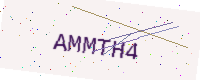
Text: AMMTH4